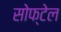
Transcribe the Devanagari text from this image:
सोफ्टेल